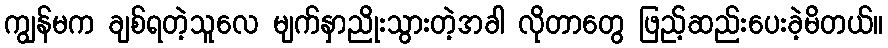
ကျွန်မက ချစ်ရတဲ့သူလေ မျက်နှာညိုးသွားတဲ့အခါ လိုတာတွေ ဖြည့်ဆည်းပေးခဲ့မိတယ်။